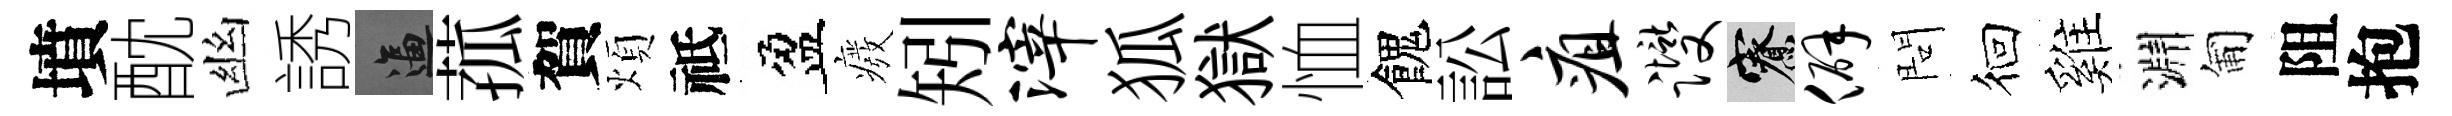
墳酖幽誘逼菰賀煩祗盈癈矧滓狐獄恤餽訟疽躞寮僻問徊雞淵匍阻抱